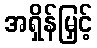
အရှိန်မြှင့်